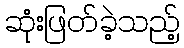
ဆုံးဖြတ်ခဲ့သည့်